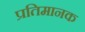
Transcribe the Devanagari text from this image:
प्रतिमानक